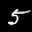
Label: 5